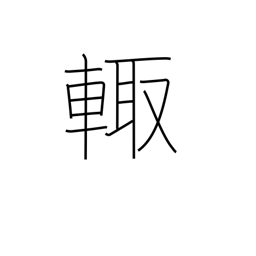
Meaning: sides of chariot were weapons